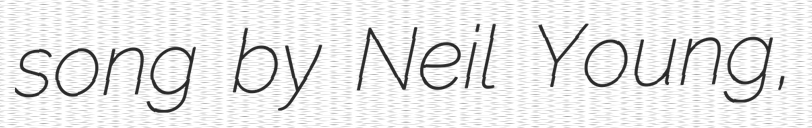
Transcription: song by Neil Young,